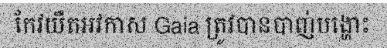
កែវយឺតអវកាស Gaia ត្រូវបានបាញ់បង្ហោះ